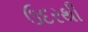
ઉદરથી